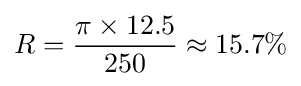
R={\frac {\pi \times 12.5}{250}}\approx 15.7\%